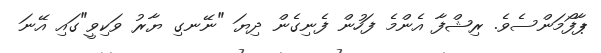
ޕާފޯމަންސެވެ. ރިޝްފާ އެންމެ ފަހުން ފެނިގެން ދިޔަ "ނޭނގި ޔާރު ވަކިވީ"ގައި އޭނަ